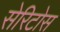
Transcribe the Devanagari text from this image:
सेरिटोस